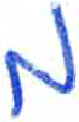
אות: מ